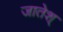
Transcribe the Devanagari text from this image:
जातेश्